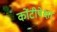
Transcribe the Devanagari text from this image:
कोंटीपेक्षा